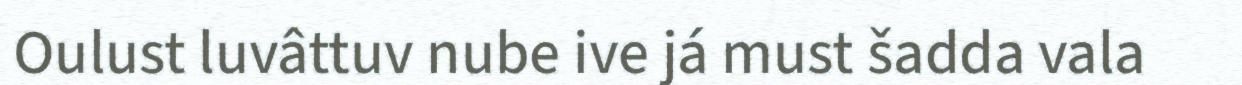
Oulust luvâttuv nube ive já must šadda vala